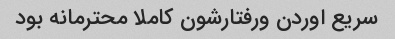
سریع اوردن ورفتارشون کاملا محترمانه بود